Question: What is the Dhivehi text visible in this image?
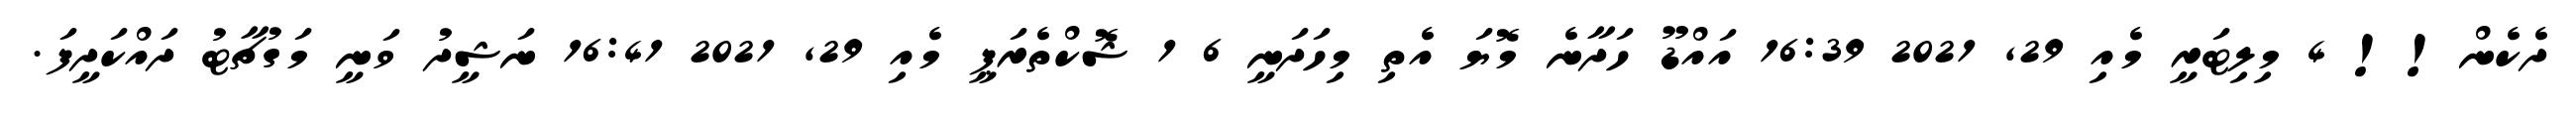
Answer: ދެކެން!! 4 މިލިޓަރީ މެއި 29, 2021 16:39 އައްޑޫ ހަދާނެ މޮޔަ އެތި މިހަދަނީ 6 1 ޝޮކްތެރަޕީ މެއި 29, 2021 16:41 ނަޝީދު ވަނީ މަގުޗާޓު ދައްކަދީފަ.